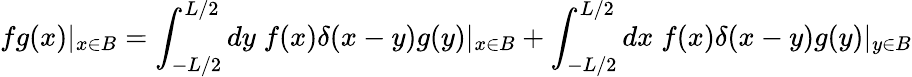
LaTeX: fg(x)|_{x\in B}=\int_{-L/2}^{L/2}dy\; f(x)\delta(x-y)g(y)|_{x\in B}+\int_{-L/2}^{L/2}dx\; f(x)\delta(x-y)g(y)|_{y\in B}